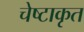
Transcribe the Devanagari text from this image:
चेष्टाकृत